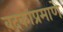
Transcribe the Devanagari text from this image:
बदकाप्रमाणे